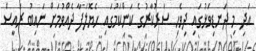
އަދި މި ދަނޑިވަޅުގައި ދިވެހި ސަރުކާރުގެ ކަންކަމުގައި ހެޔޮލަފާ ދެއްވުމަށް ނައިބު ރައީސް